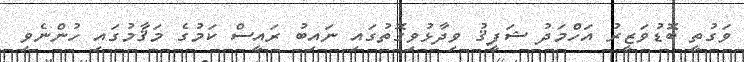
ވަގުތީ ބޮޑުވަޒީރު އަހްމަދު ޝަފީޤު ވިދާޅުވިގޮތުގައި ނައިބު ރައީސް ކަމުގެ މަޤާމުގައި ހުންނެވި